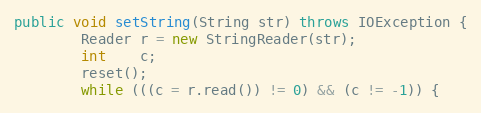
Language: Java
public void setString(String str) throws IOException {
        Reader r = new StringReader(str);
        int    c;
        reset();
        while (((c = r.read()) != 0) && (c != -1)) {